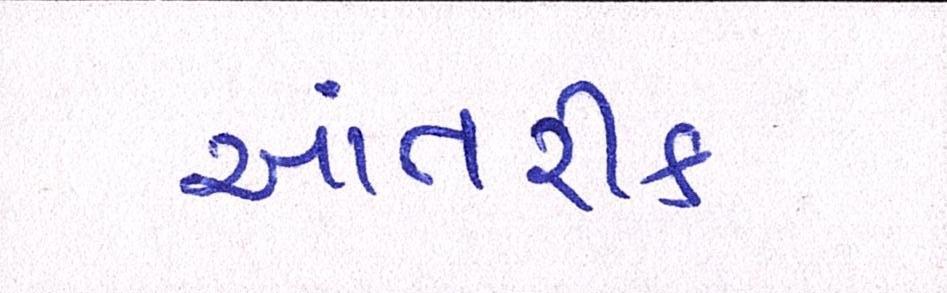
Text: આંતરીક